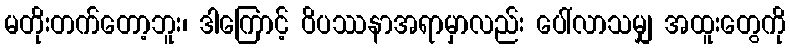
မတိုးတက်တော့ဘူး၊ ဒါကြောင့် ဝိပဿနာအရာမှာလည်း ပေါ်လာသမျှ အထူးတွေကို